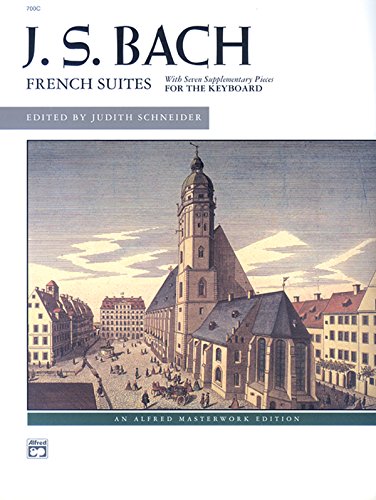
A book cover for French Suites: With Seven Supplementary Pieces for the Keyboard (Alfred Masterwork Edition); Humor & Entertainment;